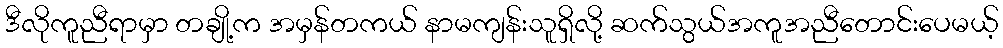
ဒီလိုကူညီရာမှာ တချို့က အမှန်တကယ် နာမကျန်းသူရှိလို့ ဆက်သွယ်အကူအညီတောင်းပေမယ့်